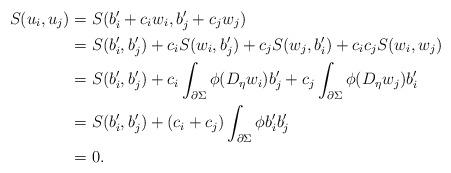
LaTeX: \begin{align*}S(u_i,u_j)&=S(b'_i+c_i w_i,b'_j+c_jw_j)\\&=S(b'_i,b'_j)+c_iS(w_i, b'_j)+c_jS(w_j,b'_i)+c_ic_jS(w_i,w_j)\\&=S(b'_i,b'_j)+c_i\int_{\partial \Sigma}\phi (D_\eta w_i) b'_j+c_j\int_{\partial \Sigma}\phi (D_\eta w_j) b'_i\\&=S(b'_i,b'_j)+(c_i+c_j) \int_{\partial \Sigma} \phi b'_i b'_j\\&=0.\end{align*}